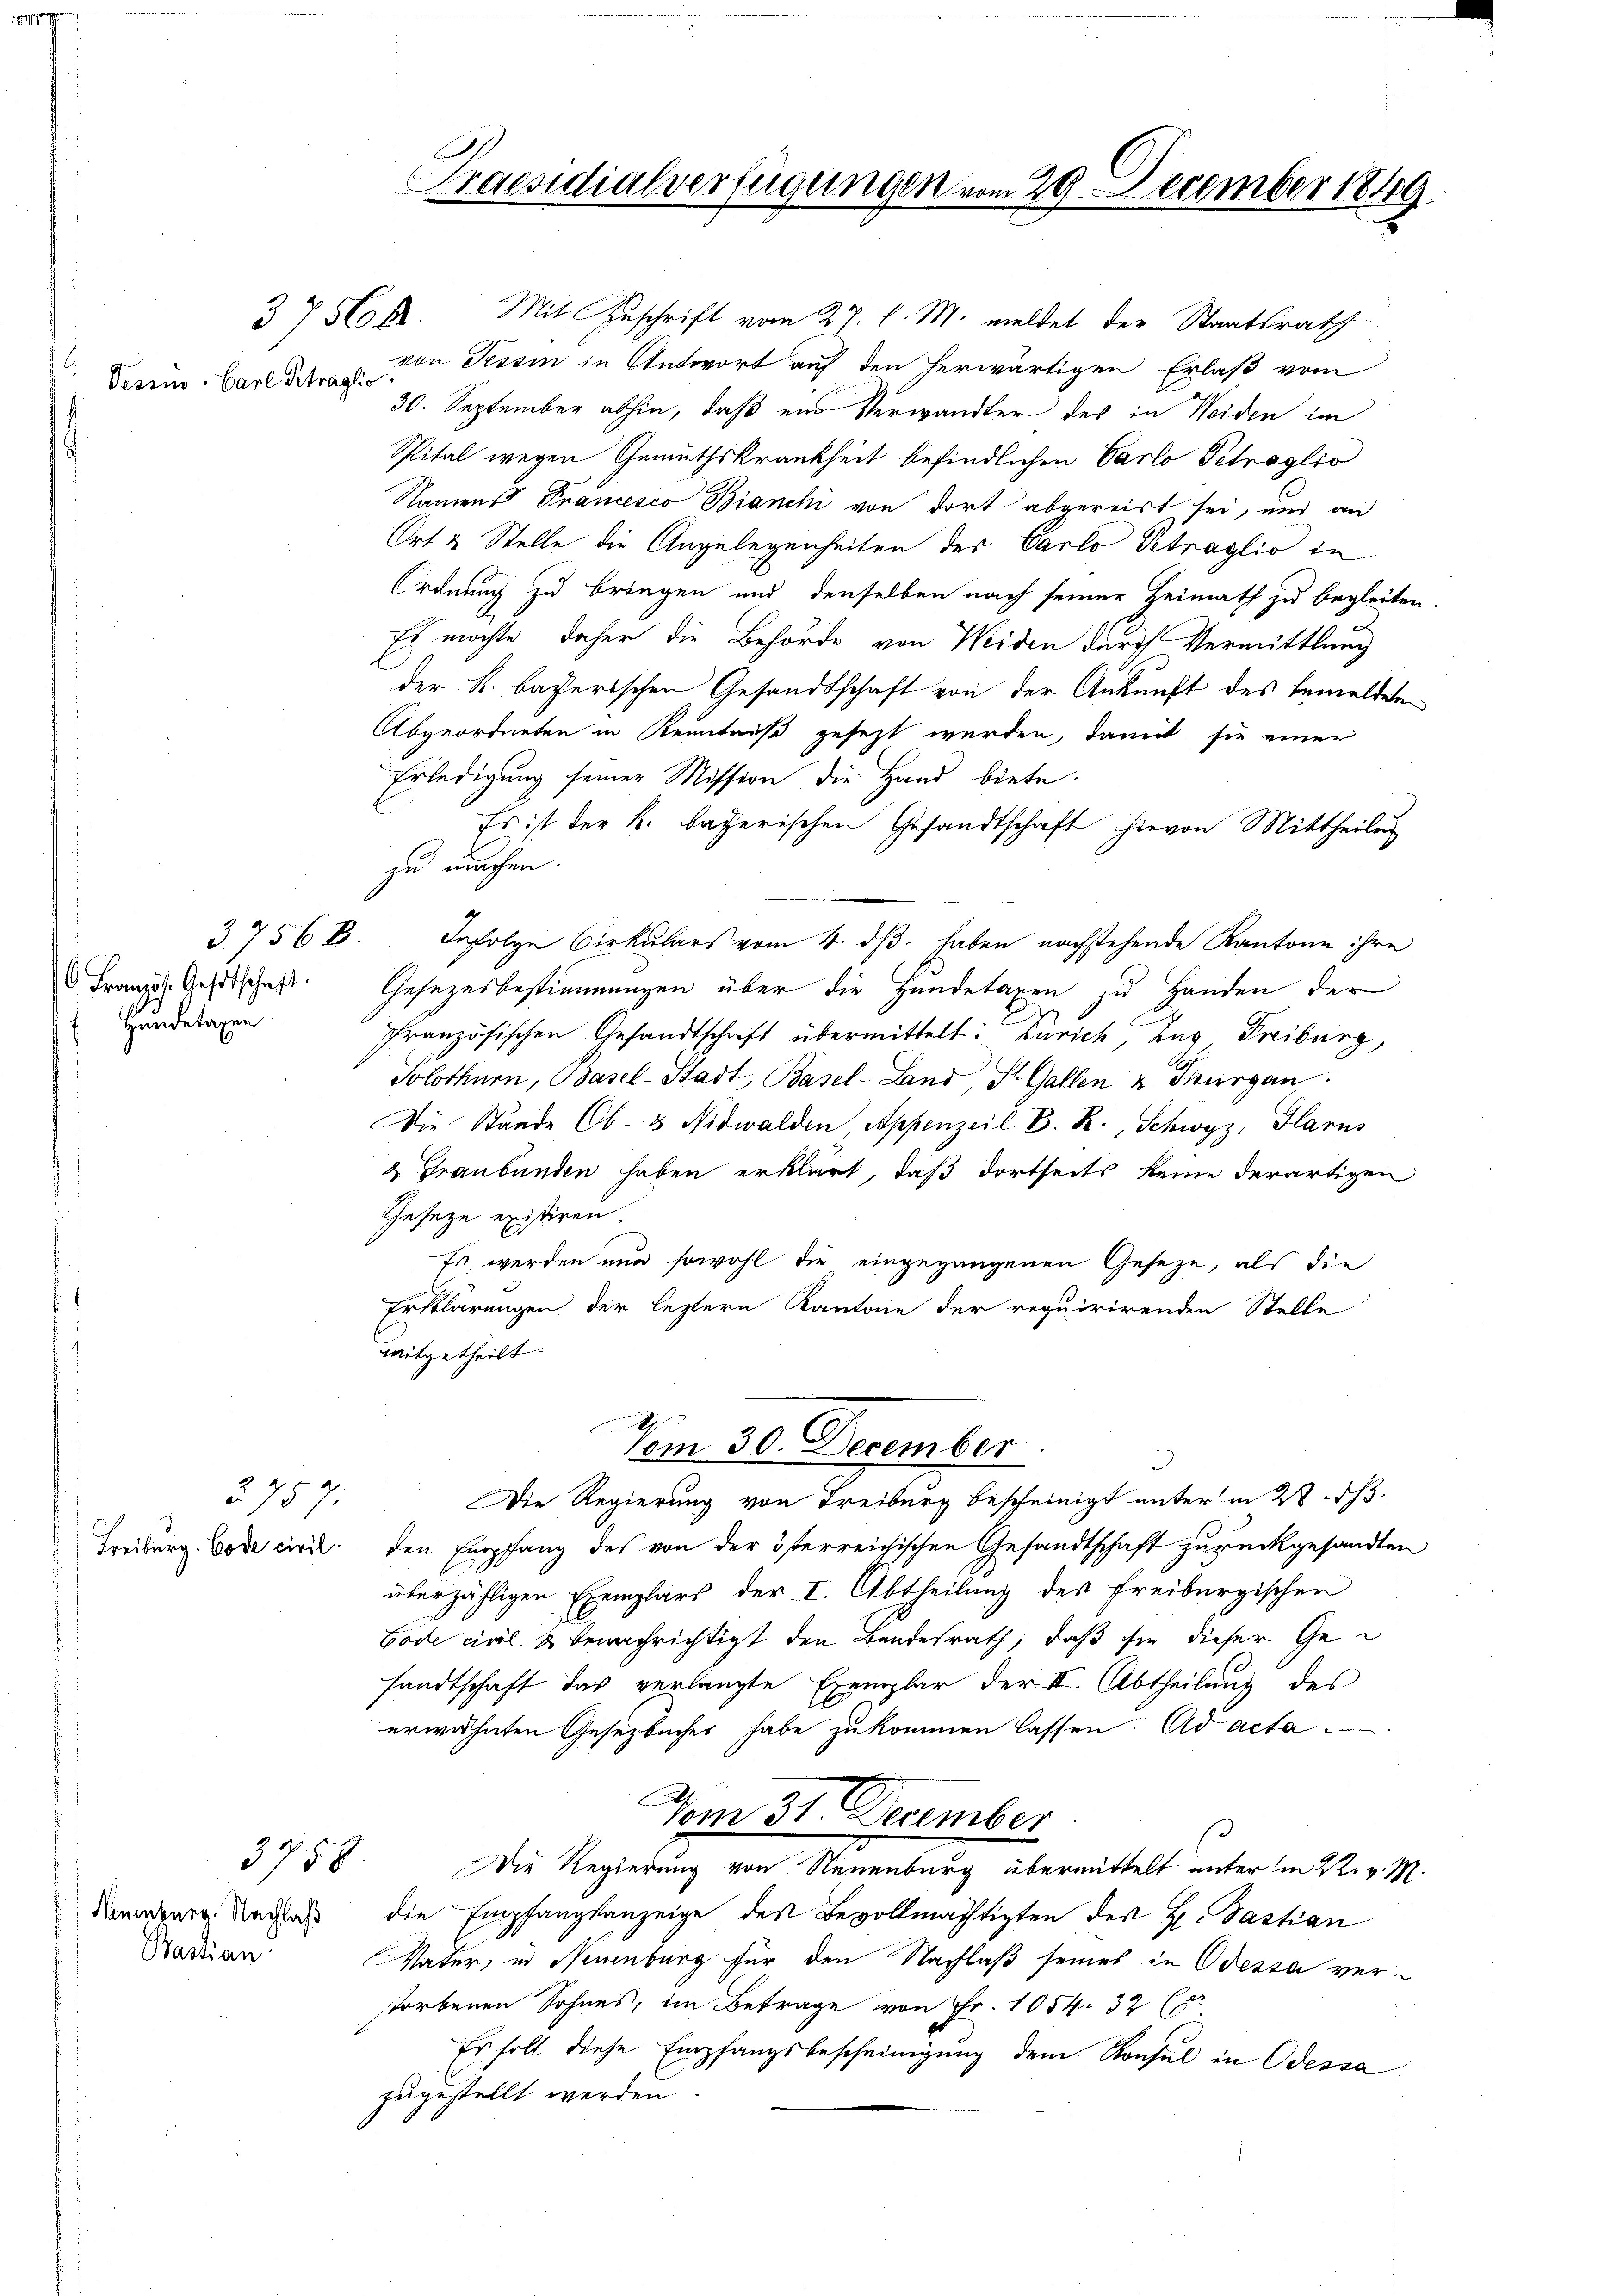
Vesimo Carl Sträglic

37568
C. Französ. Gesetschaft.
Handetaxen

2757
Freiburg. Code civil

Neuenburg. Nachlaß
Bastian

3756 f.

3758

Praesidialverfügungen vom 29. December 1849

Mit Zuschrift vom 27. l. M. meldet der Staatsrath
von Tessin in Antwort auf den herwärtigen Erlaß vom
30. September abhin, daß ein Verwandter des in Weiden im
Spital wegen Gemüthskrankheit befindlichen Carlo Petraglio
Namens Francesco Bianchi von dort abgereist sei, und an
Ort & Stelle die Angelegenheiten des Carlo Vetraglio in
Ordnung zu bringen und denselben nach seiner Heimath zu begleiten
Es möchte, daher die Behörde von Weiden durch Vermittlung
der k. bayerischen Gesandtschaft von der Ankunft des bemeldete
Abgeordneten in Kenntniß gesezt werden, damit sie einer
Erledigung seiner Mission die Hand biete
Es ist der k. bayerischen Gesandtschaft hievon Mittheilung
zu machen.
Infolge Cirkulars vom 4. dβ haben nachstehende Kantone ihre
Gesezesbestimmungen über die Hundetaxen zu Handen der
französischen Gesandtschaft übermittelt: Zürich, aus Freiburg,
Solothurn, Basel-Stadt Basel-Land, St. Gallen & Thurgan
Die Stände Ob- 3 Nidwalden, Appenzeil D. R., Schwyz, Glarus
2 Graubünden haben erklärt, daß dortseits keine derartigen
Geseze existiren.
Es werden nun sowohl die eingegangenen Geseze, als die
Erklärungen der leztern Kantone der requirirenden Stelle
mitgetheilt.
Vom 30. December
Die Regierung von Treiburg bescheinigt unter in 2 s.
den Empfang des von der österreichischen Gesandtschaft zurückgesandten
überzähligen Exemplars der I. Abtheilung des Freiburgischen
Code civil & benachrichtigt den Bundesrath, daß sie dieser Gesandtschaft das verlangte Exemplar der II. Abtheilung des
erwähnten Gesetzbuches habe zu kommen lassen. Ad acta
Vom 31. December
Die Regierung von Neuenburg übermittelt unter in 22. v. M.
die Empfangsanzeige des Bevollmächtigten des H. Pastian
Vater, in Neuenburg für den Nachlaß seines in Odessa verstorbenen Sohnes, im Betrage von Fr. 1054. 32
Es soll diese Empfangsbescheinigung dem Konsul in Odessa
zugestellt werden.